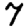
Digit: 7